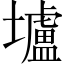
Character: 壚